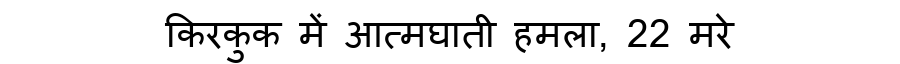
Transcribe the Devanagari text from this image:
किरकुक में आत्मघाती हमला, 22 मरे